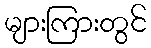
များကြားတွင်